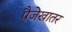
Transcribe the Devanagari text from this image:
पैजेखातर